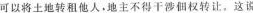
可以将土地转租他人，池主不得干涉佃权转让，这说